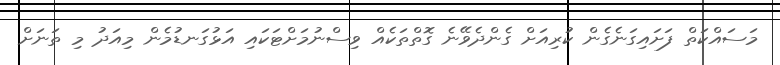
މަސައްކަތް ފަށައިގަނެގެން ކުރިއަށް ގެންދެވޭނެ ގޮތްތަކެއް ވިސްނުމަށްޓަކައި އަޅުގަނޑުމެން މިއަދު މި ތަނަށް